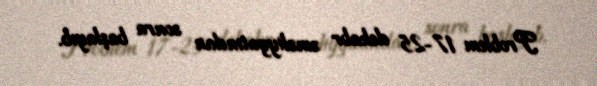
Problem 17-25 dekabr əməliyyatından sonra başlayıb.